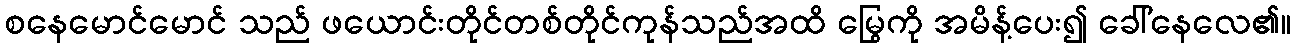
စနေမောင်မောင် သည် ဖယောင်းတိုင်တစ်တိုင်ကုန်သည်အထိ မြွေကို အမိန့်ပေး၍ ခေါ်နေလေ၏။